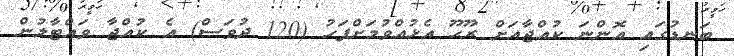
ބަނޑުގައި އޮންނަ ކުއްޖާއަށް ރޫޙޫ އެޅުއްވުމަށްފަހު (120 ދުވަސް) އެ ކުއްޖާ ވައްޓާލުން